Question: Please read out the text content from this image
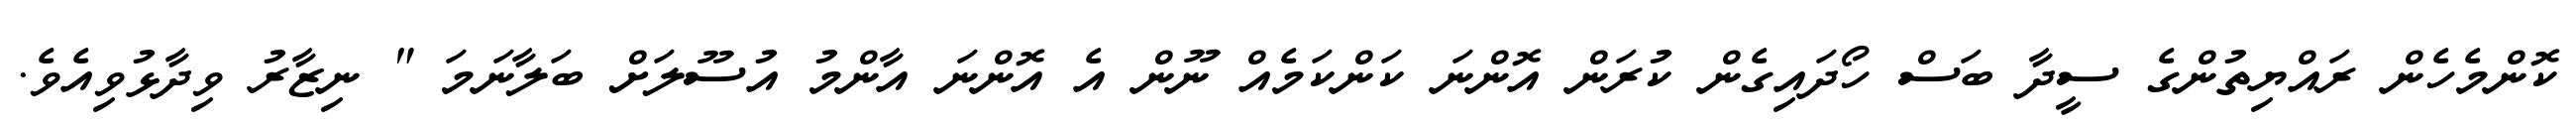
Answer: ކޮންމެހެން ރައްޔިތުންގެ ސީދާ ބަސް ހޯދައިގެން ކުރަން އޮންނަ ކަންކަމެއް ނޫން އެ އޮންނަ އާންމު އުސޫލަށް ބަލާނަމަ " ނިޒާރު ވިދާޅުވިއެވެ.